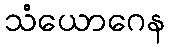
သံယောဂေန